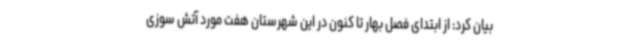
بیان کرد: از ابتدای فصل بهار تا کنون در این شهرستان هفت مورد آتش سوزی